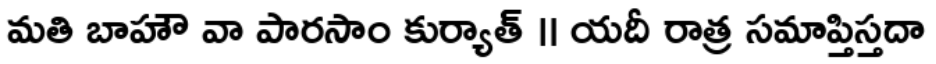
మతి బాహౌ వా పారసాం కుర్యాత్ ॥ యదీ రాత్ర సమాప్తిస్తదా